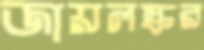
জায়লস্কর